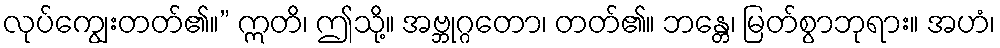
လုပ်ကျွေးတတ်၏။” ဣတိ၊ ဤသို့။ အဗ္ဘုဂ္ဂတော၊ တတ်၏။ ဘန္တေ၊ မြတ်စွာဘုရား။ အဟံ၊